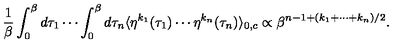
\frac { 1 } { \beta } \int _ { 0 } ^ { \beta } d \tau _ { 1 } \cdots \int _ { 0 } ^ { \beta } d \tau _ { n } \langle \eta ^ { k _ { 1 } } ( \tau _ { 1 } ) \cdots \eta ^ { k _ { n } } ( \tau _ { n } ) \rangle _ { 0 , c } \propto \beta ^ { n - 1 + ( k _ { 1 } + \cdots + k _ { n } ) / 2 } .